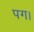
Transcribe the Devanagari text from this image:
पग।